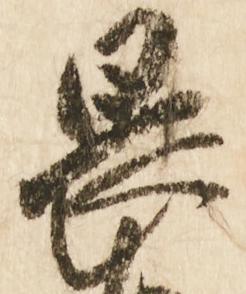
畏